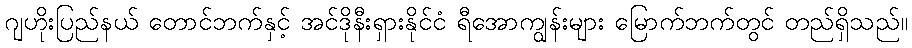
ဂျဟိုးပြည်နယ် တောင်ဘက်နှင့် အင်ဒိုနီးရှားနိုင်ငံ ရီအောကျွန်းများ မြောက်ဘက်တွင် တည်ရှိသည်။